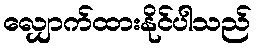
လျှောက်ထားနိုင်ပါသည်